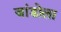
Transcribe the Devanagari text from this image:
जांडोला